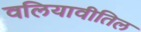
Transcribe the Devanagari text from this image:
वलियावीतिल